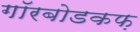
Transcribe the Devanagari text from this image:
गॉरबोडकफ़